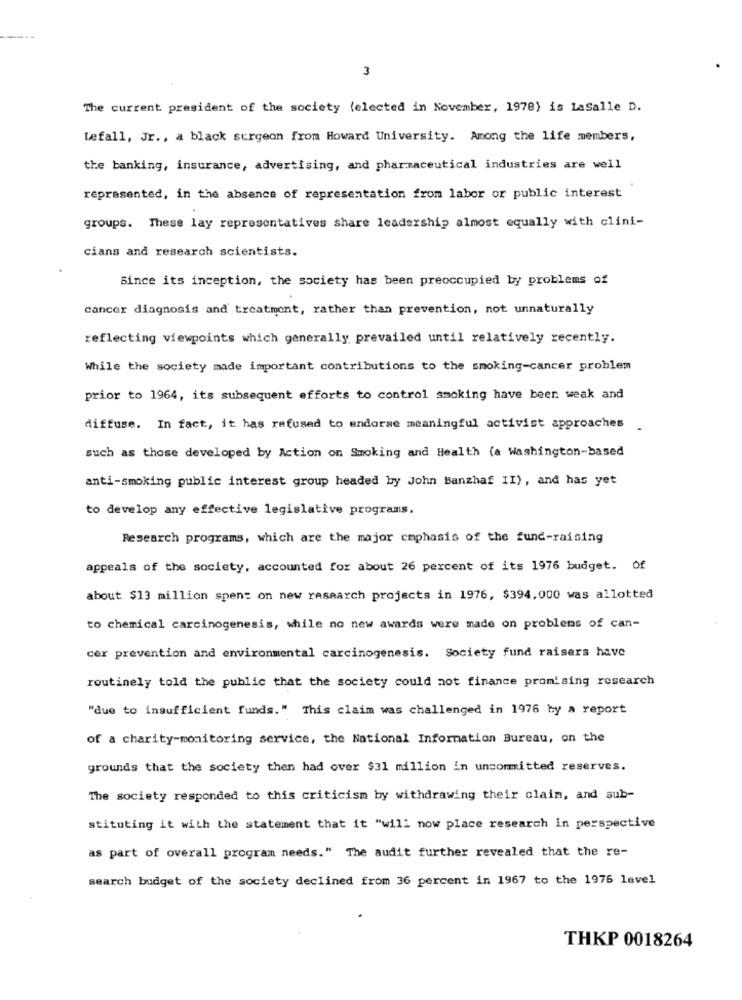
3
The current president of the society (elected in November, 1978) is LaSalle D.
Lefall, Jr ., a black surgeon from Howard University. Among the life members,
the banking, insurance, advertising, and pharmaceutical industries are well
represented, in the absence of representation from labor or public interest
groups. These lay representatives share leadership almost equally with clini-
cians and research scientists.
Since its inception, the society has been preoccupied by problems of
cancer diagnosis and treatment, rather than prevention, not unnaturally
reflecting viewpoints which generally prevailed until relatively recently.
While the society made important contributions to the smoking-cancer problem
prior to 1964, its subsequent efforts to control smoking have been weak and
diffuse. In fact, it has refused to endorse meaningful activist approaches .
such as those developed by Action on Smoking and Health (a Washington-based
anti-smoking public interest group headed by John Banzhaf II), and has yet
to develop any effective legislative programs.
Research programs, which are the major emphasis of the fund-raising
appeals of the society, accounted for about 26 percent of its 1976 budget. of
about $13 million spent on new research projects in 1976, $394,000 was allotted
to chemical carcinogenesis, while no new awards were made on problems of can-
cer prevention and environmental carcinogenesis. Society fund raisers have
routinely told the public that the society could not finance promising research
"due to insufficient funds." This claim was challenged in 1976 by a report
of a charity-monitoring service, the National Information Bureau, on the
grounds that the society then had over $31 million in uncommitted reserves.
The society responded to this criticism by withdrawing their claim, and sub-
stituting it with the statement that it "will now place research in perspective
as part of overall program needs." The audit further revealed that the re-
search budget of the society declined from 36 percent in 1967 to the 1976 level
THKP 0018264